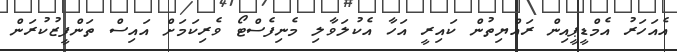
އެއަހަރު އެމްޑީޕީއިން ރައްޔިތުން ކައިރީ އަހާ އެކުލަވާލި މެނިފެސްޓޯ ވެރިކަމަށް އައިސް ތަންފީޒުކުރަން